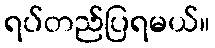
ရပ်တည်ပြရမယ်။